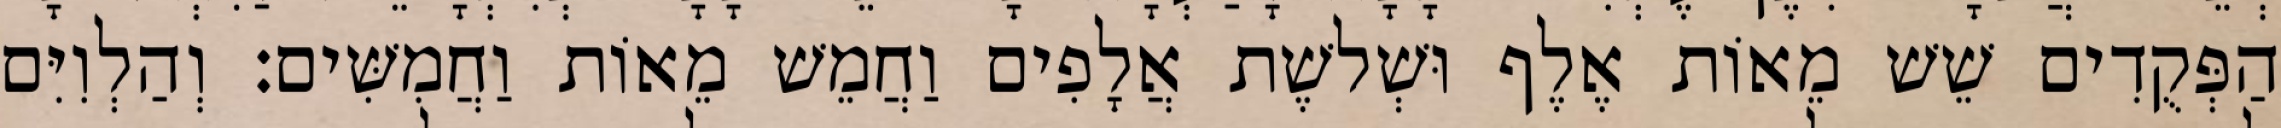
הַפְּקֻדִים שֵׁשׁ מֵאוֹת אֶלֶף וּשְׁלשֶׁת אֲלָפִים וַחֲמֵשׁ מֵאוֹת וַחֲמִשִּׁים׃ וְהַלְוִיִּם